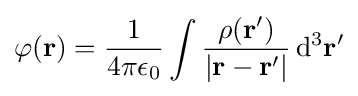
\mathrm {\varphi } (\mathbf {r} )={\frac {1}{4\pi \epsilon _{0}}}\int {\frac {\rho (\mathbf {r} ')}{|\mathbf {r} -\mathbf {r} '|}}\,\mathrm {d} ^{3}\mathbf {r} '